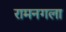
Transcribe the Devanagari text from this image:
रामनगला